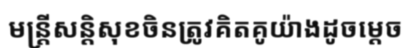
មន្ត្រីសន្តិសុខចិនត្រូវគិតគូយ៉ាងដូចម្តេច